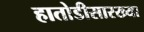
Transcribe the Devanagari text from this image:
हातोडीसारख्या